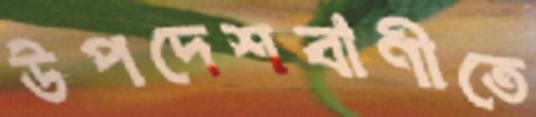
উপদেশবাণীতে